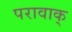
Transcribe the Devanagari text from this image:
परावाक्